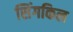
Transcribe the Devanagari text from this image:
सिंगकिल